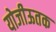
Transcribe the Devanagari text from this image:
योजीऊतक